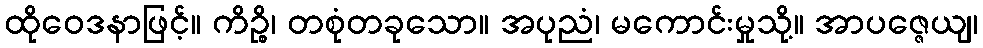
ထိုဝေဒနာဖြင့်။ ကိဉ္စိ၊ တစုံတခုသော။ အပုညံ၊ မကောင်းမှုသို့။ အာပဇ္ဇေယျ၊